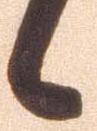
候